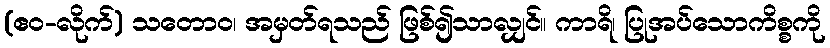
(ဧဝ-လိုက်) သတောဝ၊ အမှတ်ရသည် ဖြစ်၍သာလျှင်။ ကာရိ၊ ပြုအပ်သောကိစ္စကို